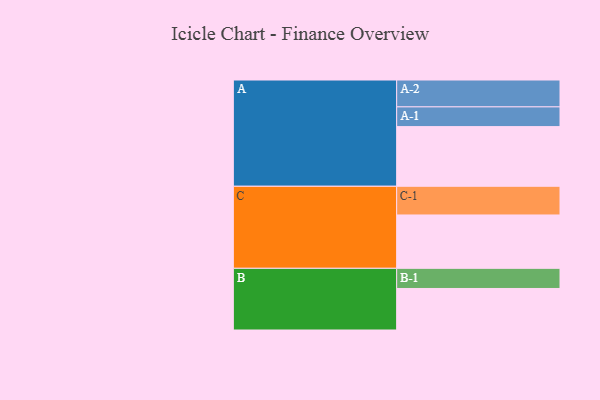
{"axis": {"x": "Segment", "y": "Value"}, "legend": ["", "A", "B", "C"], "data": [{"x": "A", "y": 586, "type": ""}, {"x": "B", "y": 408, "type": ""}, {"x": "C", "y": 524, "type": ""}, {"x": "A-1", "y": 194, "type": "A"}, {"x": "A-2", "y": 264, "type": "A"}, {"x": "B-1", "y": 198, "type": "B"}, {"x": "C-1", "y": 282, "type": "C"}]}